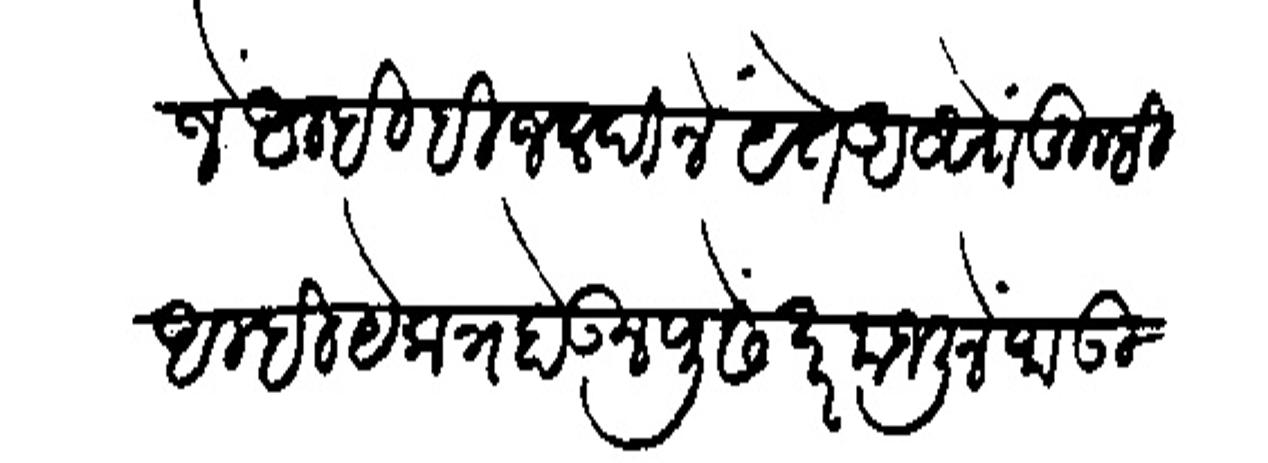
Transliteration (Devanagari): जें अम्हीही जलदीने येत असों तुम्ही अम्ही येकत्र होऊन पुढे बरमजलीने जाऊ